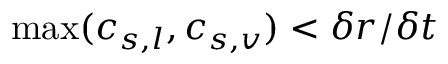
\operatorname* { m a x } ( c _ { s , l } , c _ { s , v } ) < \delta r / \delta t